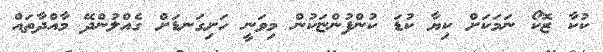
ކުކާ ޒޮކޯ ނަމަކަށް ކިޔާ ކުޑަ ކުންފުންޏަކުން މިވަނީ ހަށިގަނޑަށް ގެއްލުންދޭ މާއްދާތައް